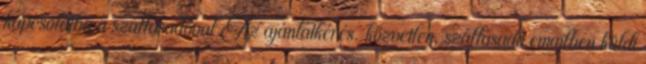
kapcsolatba a szállásadóval Az ajánlatkérés. közvetlen, szállásadó emailben küldi